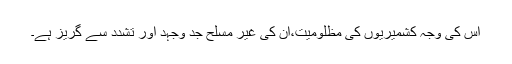
اس کی وجہ کشمیریوں کی مظلومیت،ان کی غیر مسلح جد وجہد اور تشدد سے گریز ہے۔